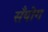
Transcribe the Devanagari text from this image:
सँयोग